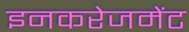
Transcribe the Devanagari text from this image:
इनकरेजमेंट